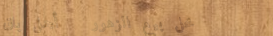
محل بيع الزهور   أجمل باق